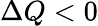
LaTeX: \Delta Q<0